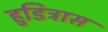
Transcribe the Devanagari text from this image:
हुडित्रास